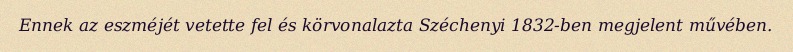
Ennek az eszméjét vetette fel és körvonalazta Széchenyi 1832-ben megjelent művében.